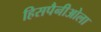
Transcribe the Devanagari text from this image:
हिसपैनीओला